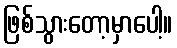
ဖြစ်သွားတော့မှာပေါ့။